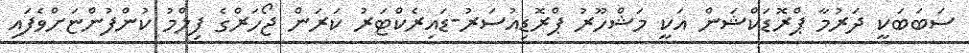
ސަބަބަކީ ދަރުމާ ޕްރޮޑަކްޝަން އަކީ މަޝްހޫރު ޕްރޮޑިއުސަރު-ޑައިރެކްޓަރު ކަރަން ޖޯހަރްގެ ފިލްމު ކުންފުންޏަށްވެފައި